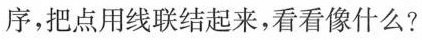
序，把点用线联结起来，看看像什么?